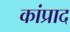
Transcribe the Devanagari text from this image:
कांप्राद